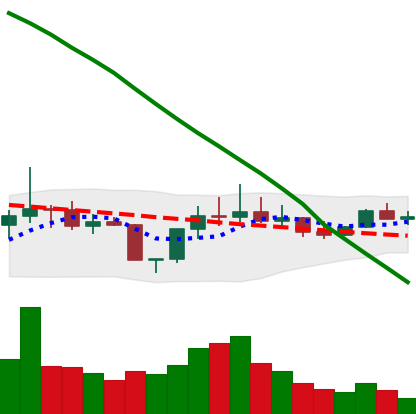
Ticker: DOGE-USD
Chart end date: 2022-08-07
Forward return: 4.939%
Label: up_3_5